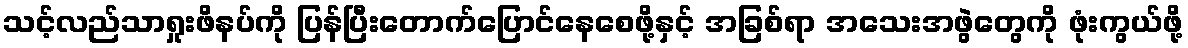
သင့်လည်သာရှုးဖိနပ်ကို ပြန်ပြီးတောက်ပြောင်နေစေဖို့နှင့် အခြစ်ရာ အသေးအဖွဲတွေကို ဖုံးကွယ်ဖို့